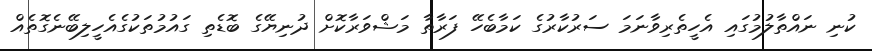
ކުނި ނައްތާލުމުގައި އެހީތެރިވާނަމަ ސަރުކާރުގެ ކަމާބެހޭ ފަރާތާ މަޝްވަރާކޮށް ދުނިޔޭގެ ބޮޑެތި ގައުމުތަކުގެއެހީލިބޭނެގޮތެއް